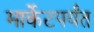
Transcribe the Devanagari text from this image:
मार्केटपर्यंत